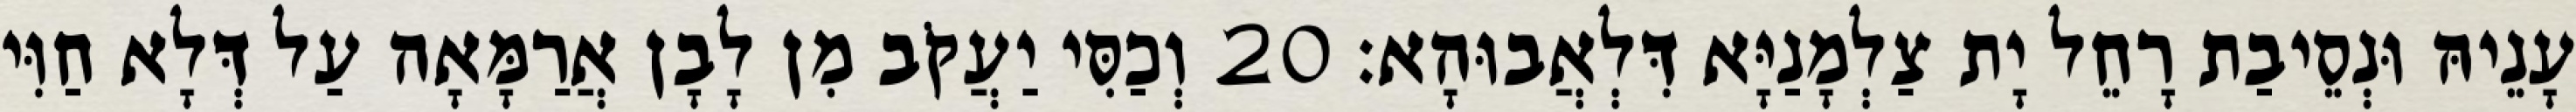
עָנֵיהּ וּנְסֵיבַת רָחֵל יָת צַלְמָנַיָּא דִּלְאֲבוּהָא׃ 20 וְכַסִּי יַעֲקֹב מִן לָבָן אֲרַמָּאָה עַל דְּלָא חַוִּי